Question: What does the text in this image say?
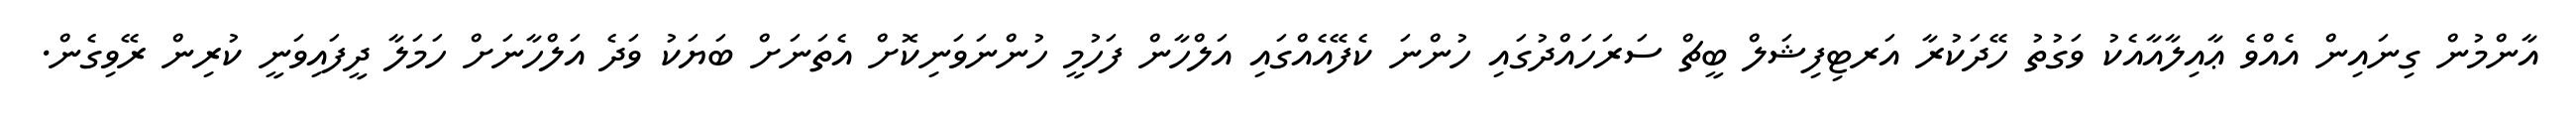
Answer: އާންމުން ގިނައިން އެއްވެ ޢާއިލާއާއެކު ވަގުތު ހޭދަކުރާ އަރޓިފިޝަލް ބީޗް ސަރަހައްދުގައި ހުންނަ ކެފޭއެއްގައި އަލްހާން ފަހުމީ ހުންނަވަނިކޮށް އެތަނަށް ބަޔަކު ވަދެ އަލްހާނަށް ހަމަލާ ދީފައިވަނީ ކުރިން ރޭވިގެން.